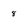
Character: 8